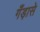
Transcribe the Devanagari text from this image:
गँड़ासे